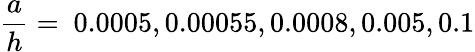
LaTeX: \frac{a}{h}=~0.0005,0.00055,0.0008,0.005,0.1